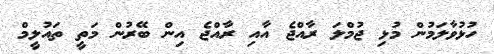
ހުޅުވާލަމުން މުޅި ޖުމްލަ ރާއްޖެ އާއި ރާއްޖެ އިން ބޭރުން މަތީ ތައުލީމް